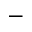
-